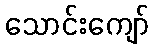
သောင်းကျော်